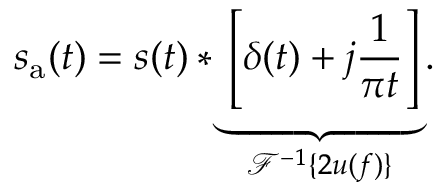
s _ { \mathrm { a } } ( t ) = s ( t ) * \underbrace { \left[ \delta ( t ) + j { \frac { 1 } { \pi t } } \right] } _ { { \mathcal { F } } ^ { - 1 } \{ 2 u ( f ) \} } .